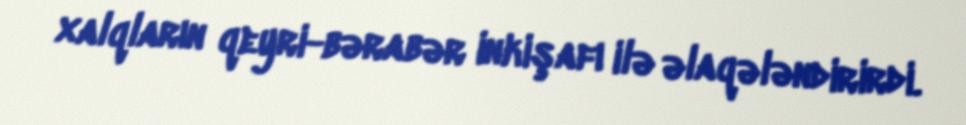
xalqların qeyri-bərabər inkişafı ilə əlaqələndirirdi.